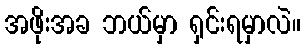
အဖိုးအခ ဘယ်မှာ ရှင်းရမှာလဲ။